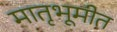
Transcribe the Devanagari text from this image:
मातृभूमीत